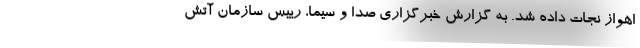
اهواز نجات داده شد. به گزارش خبرگزاری صدا و سیما، رییس سازمان آتش